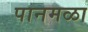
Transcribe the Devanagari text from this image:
पानमळा